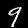
Label: 9